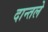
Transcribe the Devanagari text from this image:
दान्तले